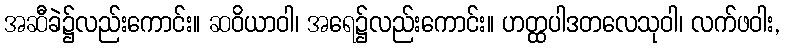
အဆီခဲ၌လည်းကောင်း။ ဆဝိယာဝါ၊ အရေ၌လည်းကောင်း။ ဟတ္ထပါဒတလေသုဝါ၊ လက်ဖဝါး,